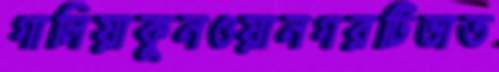
গালিয়াকুনওয়ানগরটিভাত